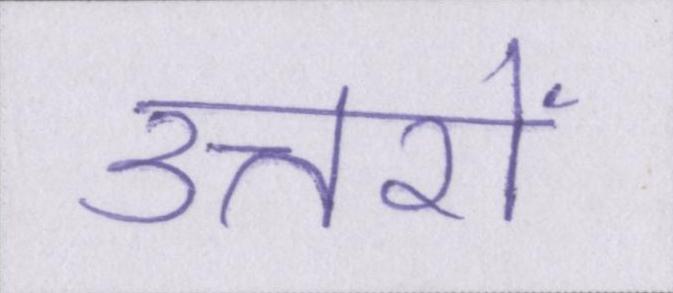
उत्तरों